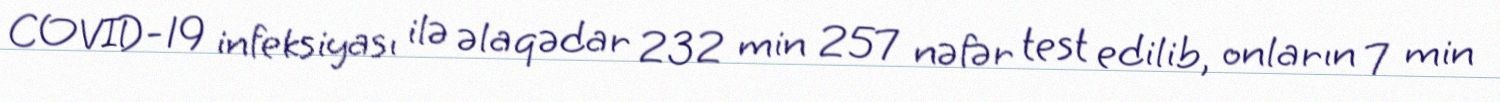
COVID-19 infeksiyası ilə əlaqədar 232 min 257 nəfər test edilib, onların 7 min